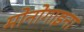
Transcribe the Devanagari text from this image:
मोनोगाइना